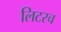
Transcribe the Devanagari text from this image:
लिटरच